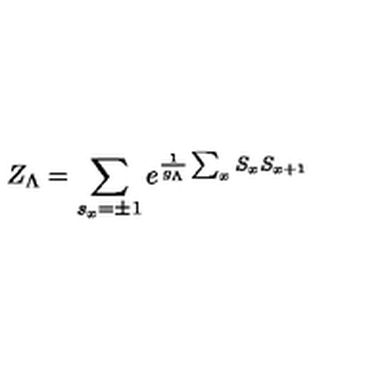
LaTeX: Z _ { \Lambda } = \sum _ { s _ { x } = \pm 1 } e ^ { \frac { 1 } { g _ { \Lambda } } \sum _ { x } S _ { x } S _ { x + 1 } }